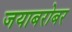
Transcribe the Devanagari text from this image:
जयाबरोबर